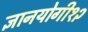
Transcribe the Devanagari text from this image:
ज्ञानयोगी१२